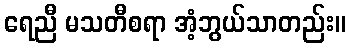
ရေညီ မသတီစရာ အံ့ဘွယ်သာတည်း။